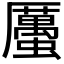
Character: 𧓽